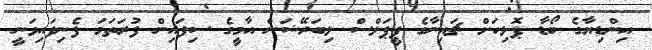
އިންޑިޔާގެ ބޯޑާ ޕޮލިހަށް ޗައިނާގެ ޕީޕަލްސް ލިބަރޭޝަން އާމީގެ ސިފައިން ފުރަތަމަ ފެނިފައިވަނީ